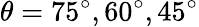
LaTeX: \theta=75^{\circ},60^{\circ},45^{\circ}